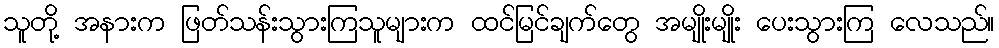
သူတို့ အနားက ဖြတ်သန်းသွားကြသူများက ထင်မြင်ချက်တွေ အမျိုးမျိုး ပေးသွားကြ လေသည်။